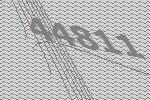
44811